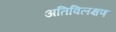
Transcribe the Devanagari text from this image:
अतिविलक्षण